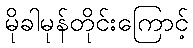
မိုခါမုန်တိုင်းကြောင့်